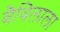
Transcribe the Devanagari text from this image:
वैविलाला